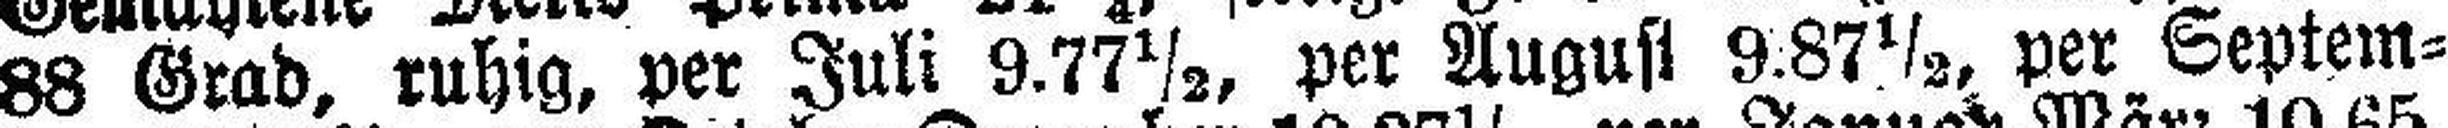
88 Grad, ruhig, per Juli 9.77½, per August 9.87½, per Septem¬